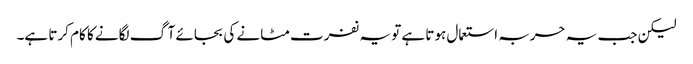
لیکن جب یہ حربہ استعمال ہوتا ہے تو یہ نفرت مٹانے کی بجائے آگ لگانے کا کام کرتا ہے۔